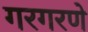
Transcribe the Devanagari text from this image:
गरगरणे